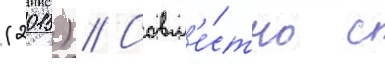
(2015) // Совм'е́стно с